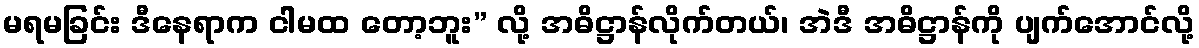
မရမခြင်း ဒီနေရာက ငါမထ တော့ဘူး” လို့ အဓိဋ္ဌာန်လိုက်တယ်၊ အဲဒီ အဓိဋ္ဌာန်ကို ပျက်အောင်လို့